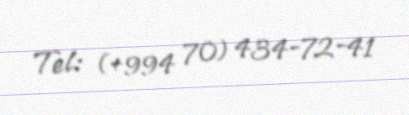
Tel: (+994 70) 434-72-41